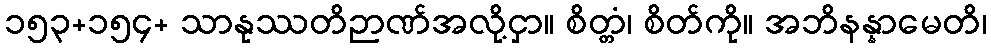
၁၅၃+၁၅၄+ သာနုဿတိဉာဏ်အလို့ငှာ။ စိတ္တံ၊ စိတ်ကို။ အဘိနန္နာမေတိ၊